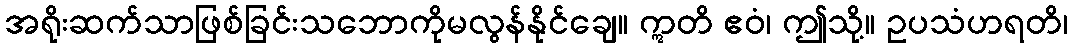
အရိုးဆက်သာဖြစ်ခြင်းသဘောကိုမလွန်နိုင်ချေ။ ဣတိ ဧဝံ၊ ဤသို့။ ဥပသံဟရတိ၊